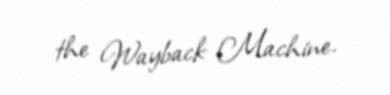
the Wayback Machine.